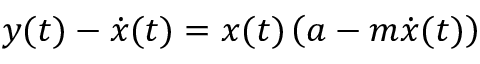
y ( t ) - \dot { x } ( t ) = x ( t ) \left( a - m \dot { x } ( t ) \right)